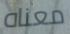
معناه